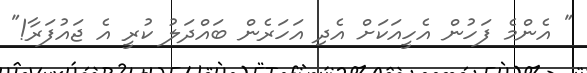
" އެންމެ ފަހުން އެހީއަކަށް އެދި އަހަރެން ބައްދަލު ކުރީ އެ ޖައުފަރާ!"